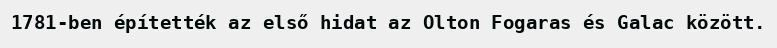
1781-ben építették az első hidat az Olton Fogaras és Galac között.